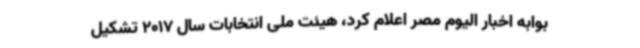
بوابه اخبار الیوم مصر اعلام کرد، هیئت ملی انتخابات سال 2017 تشکیل